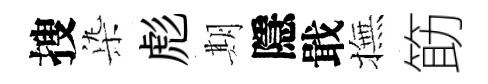
搜𣑱彪期隱戢撫筯